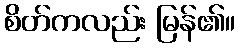
စိတ်ကလည်း မြန်၏။